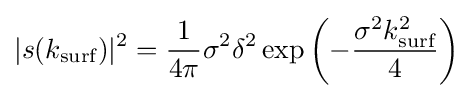
|s(k_{\text{surf}})|^{2}={\frac {1}{4\pi }}\sigma ^{2}\delta ^{2}\exp \left(-{\frac {\sigma ^{2}k_{\text{surf}}^{2}}{4}}\right)